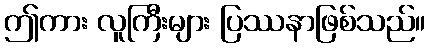
ဤကား လူကြီးများ ပြဿနာဖြစ်သည်။